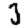
Digit: 3